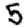
Digit: 5